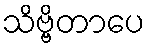
သိဗ္ဗိတာပေ